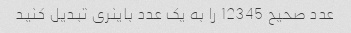
عدد صحیح 12345 را به یک عدد باینری تبدیل کنید